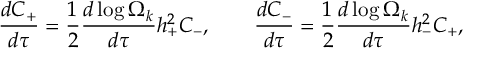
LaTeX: \frac { d C _ { + } } { d \tau } = \frac { 1 } { 2 } \frac { d \log { \Omega _ { k } } } { d \tau } h _ { + } ^ { 2 } C _ { - } , ~ ~ ~ ~ ~ ~ \frac { d C _ { - } } { d \tau } = \frac { 1 } { 2 } \frac { d \log { \Omega _ { k } } } { d \tau } h _ { - } ^ { 2 } C _ { + } ,